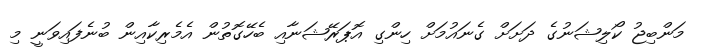
މަންބިޖު ކޯލިޝަނުގެ ދަށަށް ގެނައުމަށް ހިންގި އޮޕަރޭޝަނާއި ބެހޭގޮތުން އެމެރިކާއިން ބުނެފައިވަނީ މި